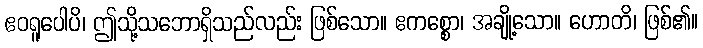
ဧဝရူပေါပိ၊ ဤသို့သဘောရှိသည်လည်း ဖြစ်သော။ ဧကစ္စော၊ အချို့သော။ ဟောတိ၊ ဖြစ်၏။